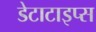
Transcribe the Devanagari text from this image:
डेटाटाइप्स